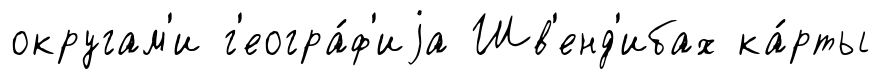
округам'и г'еогра́ф'иjа Шв'енд'ибах ка́рты